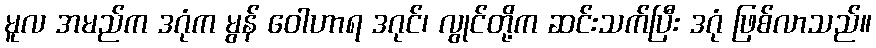
မူလ အမည်က ဒဂုံက မွန် ဝေါဟာရ ဒဂုင်၊ လွုင်တို့က ဆင်းသက်ပြီး ဒဂုံ ဖြစ်လာသည်။